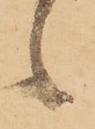
候